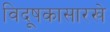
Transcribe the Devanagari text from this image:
विदूषकासारखे